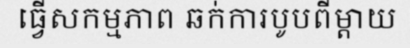
ធ្វើសកម្មភាព ឆក់ការបូបពីម្តាយ